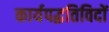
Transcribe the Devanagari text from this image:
कार्यपद्धतिविदों